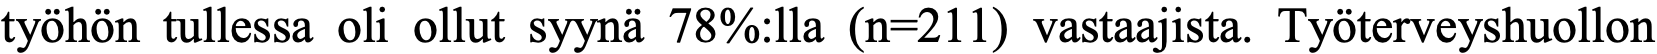
työhön tullessa oli ollut syynä 78%:lla (n=211) vastaajista. Työterveyshuollon